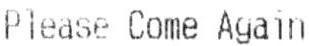
PLEASE COME AGAIN